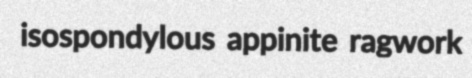
isospondylous appinite ragwork